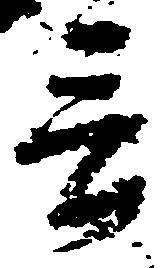
言